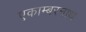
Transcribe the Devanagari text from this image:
एकाम्बरनाथ